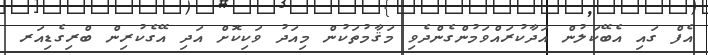
އެފް ގައި އެބޭކަލުން އަދާކުރައްވަމުންގެންދެވި މަޤާމުތަކުން މިއަދު ވަކިކޮށް އަދި އޭގެކުރިން ބްރިގެޑިއަރ